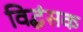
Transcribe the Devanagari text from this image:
विद्धंसक